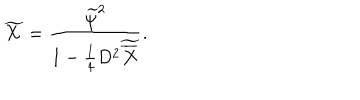
LaTeX: \widetilde X = { \frac { \widetilde \psi ^ { 2 } } { 1 - { \frac { 1 } { 4 } } D ^ { 2 } \widetilde { \overline { { X } } } } } .